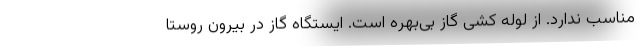
مناسب ندارد. از لوله کشی گاز بی‌بهره است. ایستگاه گاز در بیرون روستا